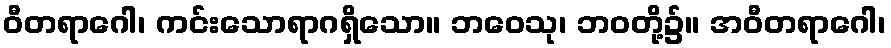
ဝီတရာဂေါ၊ ကင်းသောရာဂရှိသော။ ဘဝေသု၊ ဘဝတို့၌။ အဝီတရာဂေါ၊